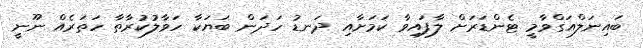
ބައިނަލްއަގްވާމީ ޓެންޑަރަށް ލާފައިވާ ކަމަށާއި ދަނޑު ހަދަން ބަޔަކާ ހަވާލުކުރާތާ ހަތަރެއް ނޫނީ